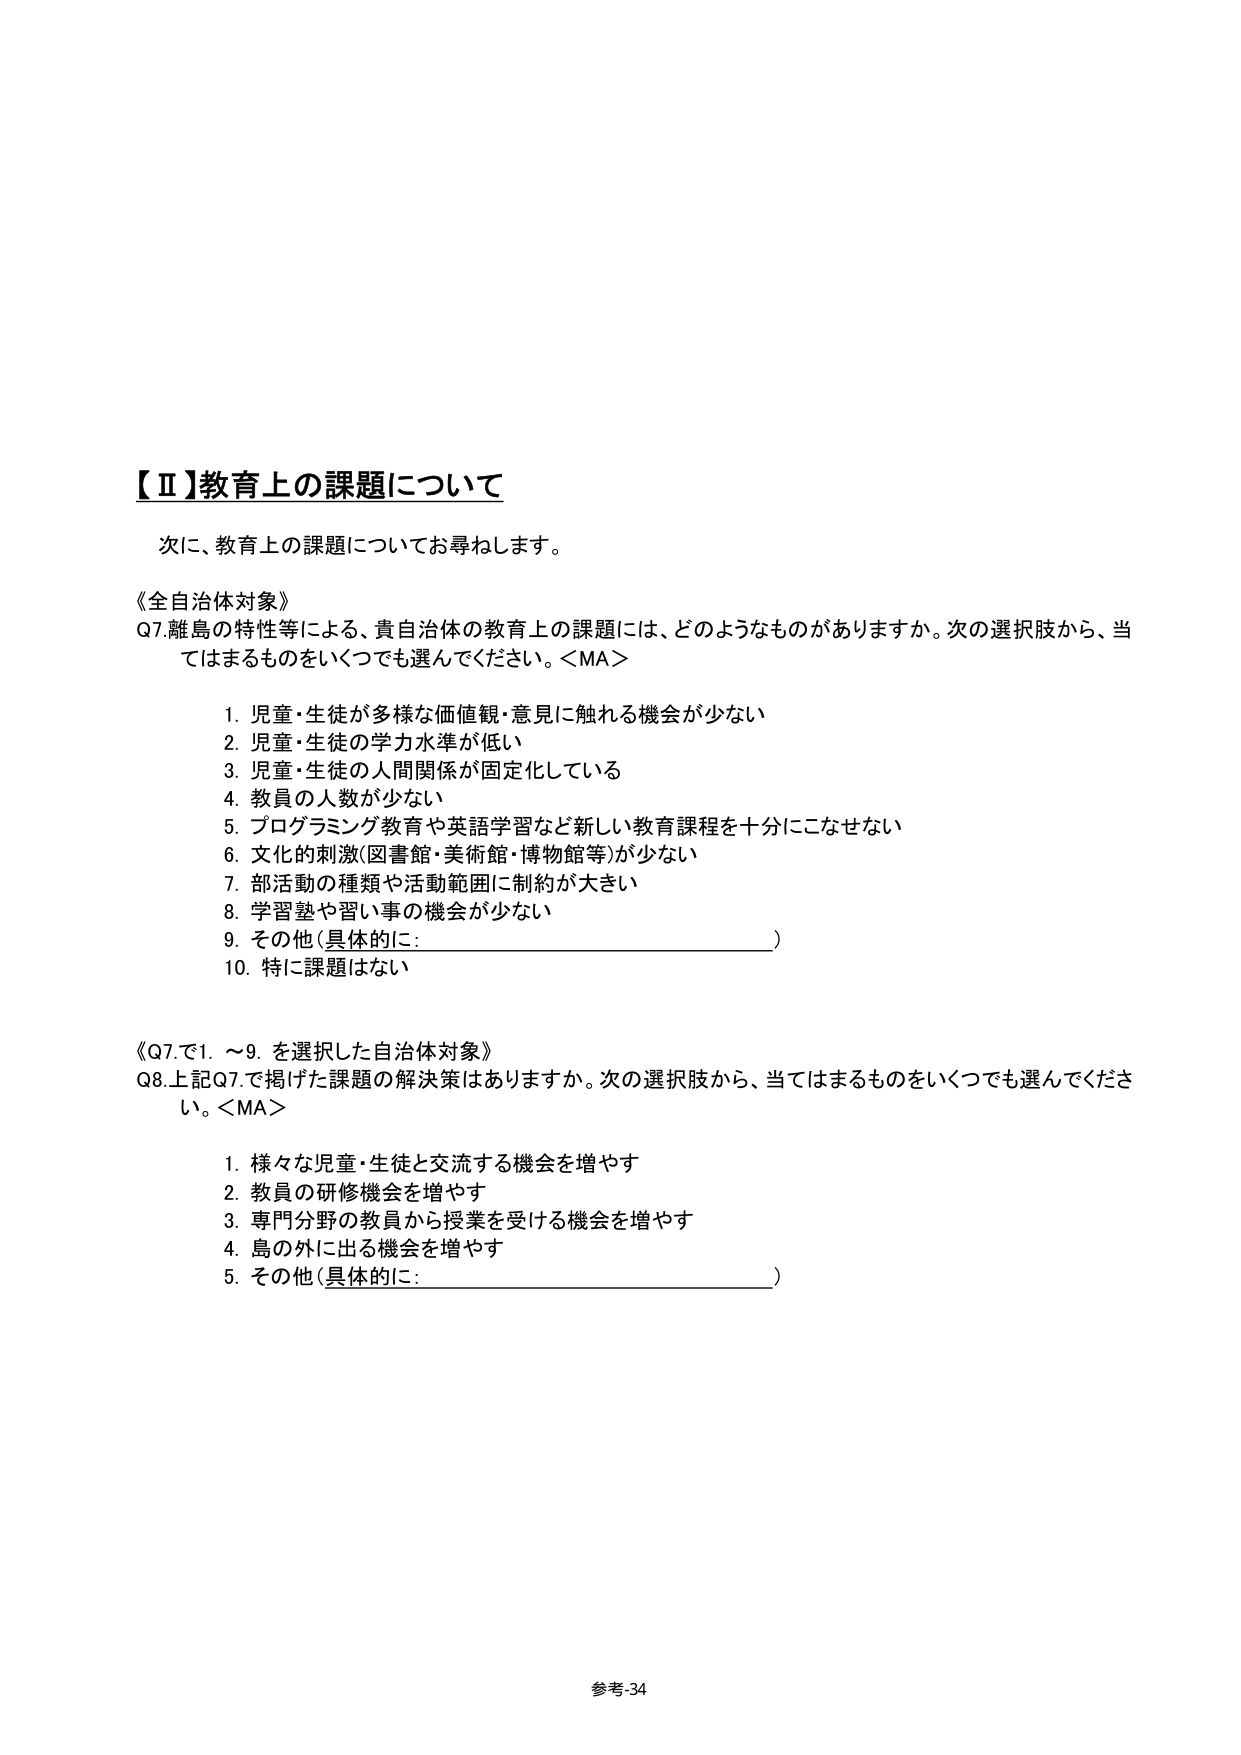
【Ⅱ】教育上の課題について

次に、教育上の課題についてお尋ねします。

《全自治体対象》
Q7. 離島の特性等による、貴自治体の教育上の課題には、どのようなものがありますか。次の選択肢から、当てはまるものをいくつでも選んでください。＜MA＞

1. 児童・生徒が多様な価値観・意見に触れる機会が少ない
2. 児童・生徒の学力水準が低い
3. 児童・生徒の人間関係が固定化している
4. 教員の人数が少ない
5. プログラミング教育や英語学習など新しい教育課程を十分にこなせない
6. 文化的刺激（図書館・美術館・博物館等）が少ない
7. 部活動の種類や活動範囲に制約が大きい
8. 学習塾や習い事の機会が少ない
9. その他（具体的に：________________________）
10. 特に課題はない

《Q7.で1.～9.を選択した自治体対象》
Q8. 上記Q7.で掲げた課題の解決策はありますか。次の選択肢から、当てはまるものをいくつでも選んでください。＜MA＞

1. 様々な児童・生徒と交流する機会を増やす
2. 教員の研修機会を増やす
3. 専門分野の教員から授業を受ける機会を増やす
4. 島の外に出る機会を増やす
5. その他（具体的に：________________________）

参考-34